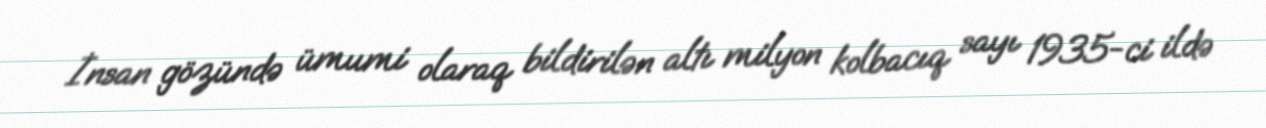
İnsan gözündə ümumi olaraq bildirilən altı milyon kolbacıq sayı 1935-ci ildə